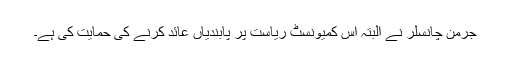
جرمن چانسلر نے البتہ اس کمیونسٹ ریاست پر پابندیاں عائد کرنے کی حمایت کی ہے۔